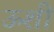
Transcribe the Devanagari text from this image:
ऊशी